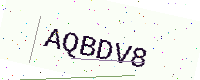
Text: AQBDV8